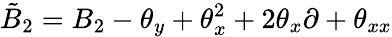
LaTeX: \tilde{B}_{2}=B_{2}-{\theta}_{y}+{\theta}_{x}^{2}+2{\theta}_{x}\partial+{\theta}_{xx}